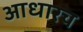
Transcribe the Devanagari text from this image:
आधारच